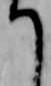
て